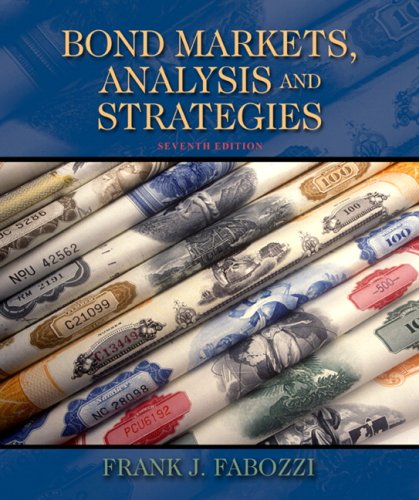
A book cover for Bond Markets, Analysis, and Strategies (7th Edition); Frank J. Fabozzi; Business & Money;